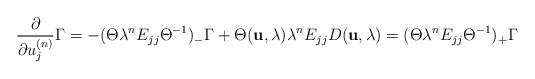
LaTeX: \begin{align*}\frac{\partial }{ \partial u_j^{(n)}} \Gamma = -(\Theta \lambda^nE_{jj} {\Theta}^{-1})_{-} \Gamma+ \Theta ({\bf u},\lambda)\lambda^n E_{jj} D ({\bf u},\lambda) = (\Theta \lambda^n E_{jj} {\Theta}^{-1})_{+} \Gamma\end{align*}